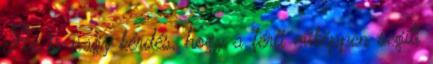
Az is nagy kérdés, hogy a férfi miképpen segíti